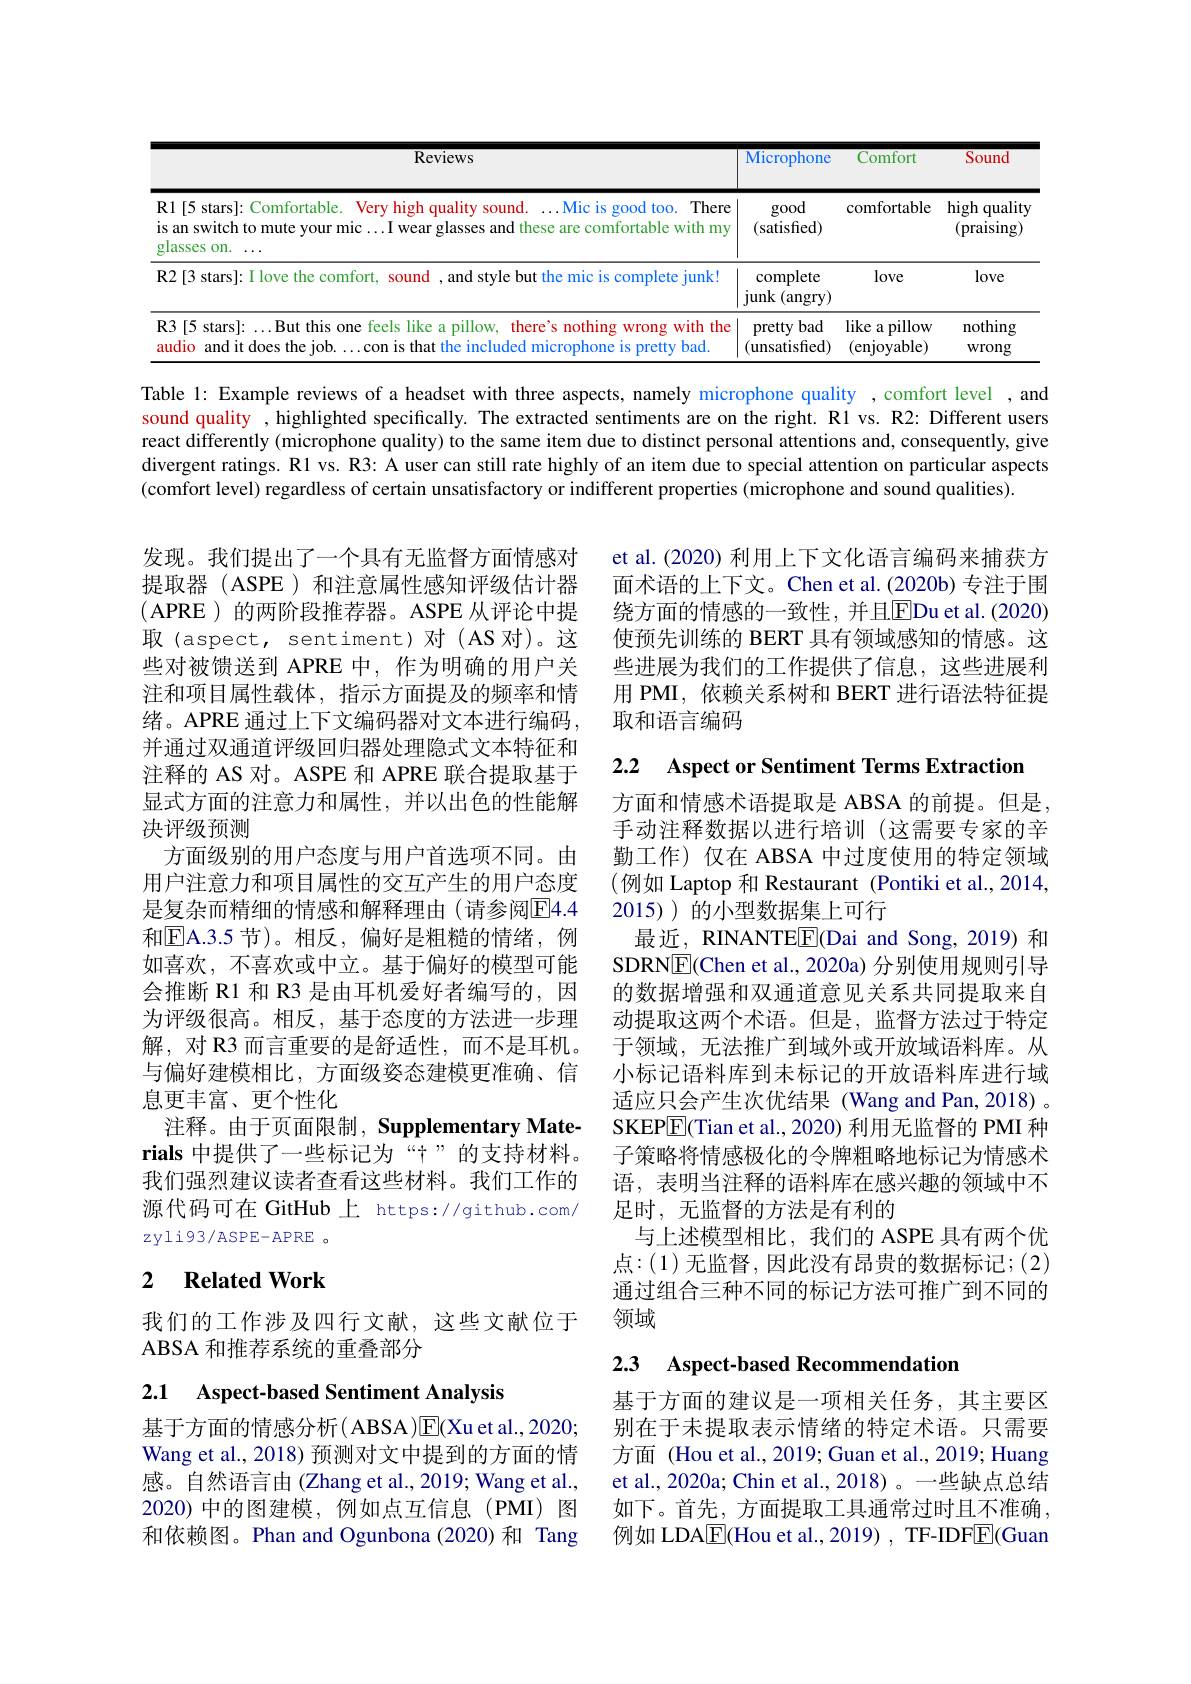
<table>
	<tbody>
		<tr>
			<th>$\overline{\mathrm{Reviews}}$</th>
			<th>Microphone</th>
			<th>Comfort</th>
			<th>Sound</th>
		</tr>
		<tr>
			<td>R1[5 stars]: Comfortable. Very high quality sound. $\ldots$Mic is good too. There is an switch to mute your mic $\ldots$I wear glasses and these are comfortable with my glasses on</td>
			<td>good (satisfied)</td>
			<td>comfortable</td>
			<td>high quality (praising)</td>
		</tr>
		<tr>
			<td>R2[3 stars]: I love the comfort, sound , and style but the mic is complete junk!</td>
			<td>complete junk (angry)</td>
			<td>love</td>
			<td>love</td>
		</tr>
		<tr>
			<td>R3[5 stars]:...But this one feels like a pillow, there's nothing wrong with the audic and it does the 1r 1Crn vhar</td>
			<td>bad pretty unsatisfied)</td>
			<td>like a pillow (enjoyable)</td>
			<td>nothing Wrong</td>
		</tr>
	</tbody>
</table>

Table l: Example reviews of a headset with three aspects, namely microphone quality ,comfort level ,and sound quality , highlighted specifically. The extracted sentiments are on the right. R1 vs. R2: Different users react differently (microphone quality) to the same item due to distinct personal attentions and, consequently, give divergent ratings. Rl vs. R3: A user can still rate highly of an item due to special attention on particular aspects (comfort level) regardless of certain unsatisfactory or indifferent properties (microphone and sound qualities).

et al. (2020) 利用上下文化语言编码来捕获方面术语的上下文。Chen et al.(2020b) 专注于围绕方面的情感的一致性，并且$\overline{\mathrm{FDuet~al.(2020)}}$ 使预先训练的 BERT 具有领域感知的情感。这些进展为我们的工作提供了信息，这些进展利用 PMI, 依赖关系树和 BERT 进行语法特征提取和语言编码

2.2 $\textbf{Aspect or Sentiment Terms Extractior}$

发现。我们提出了一个具有无监督方面情感对提取器 (ASPE )和注意属性感知评级估计器( APRE ) 的两阶段推荐器。ASPE 从评论中提取(aspect, sentiment)对(AS对)。这些对被馈送到 APRE 中，作为明确的用户关注和项目属性载体，指示方面提及的频率和情绪。APRE 通过上下文编码器对文本进行编码， 并通过双通道评级回归器处理隐式文本特征和注释的 AS 对。ASPE 和 APRE 联合提取基于显式方面的注意力和属性，并以出色的性能解决评级预测
方面级别的用户态度与用户首选项不同。由用户注意力和项目属性的交互产生的用户态度是复杂而精细的情感和解释理由(请参阅$\overline{\mathrm{E}}4.4$ 和$\overline{\mathrm{E}}$A.3.5 节)。相反，偏好是粗糙的情绪，例如喜欢，不喜欢或中立。基于偏好的模型可能会推断 R1 和 R3 是由耳机爱好者编写的，因为评级很高。相反，基于态度的方法进一步理解，对 R3 而言重要的是舒适性，而不是耳机。与偏好建模相比，方面级姿态建模更准确、信息更丰富、更个性化
注释。由于页面限制，Supplementary Materials 中提供了一些标记为“十”的支持材料。我们强烈建议读者查看这些材料。我们工作的源代码可在 GitHub 上 https://github.com/ zyli93/ASPE-APRE o

方面和情感术语提取是 ABSA 的前提。但是手动注释数据以进行培训 (这需要专家的辛勤工作) 仅在 ABSA 中过度使用的特定领域(例如 Laptop 和 Restaurant (Pontiki et al.,2014, 2015))的小型数据集上可行
最近，RINANTEE(Dai and Song,2019) 和SDRNE(Chen et al., 2020a) 分别使用规则引导的数据增强和双通道意见关系共同提取来自动提取这两个术语。但是，监督方法过于特定于领域，无法推广到域外或开放域语料库。从小标记语料库到未标记的开放语料库进行域适应只会产生次优结果(Wang and Pan, 2018) 。SKEP$\boxed{\mathrm{F}}($Tian et al., 2020) 利用无监督的 PMI 种子策略将情感极化的令牌粗略地标记为情感术语，表明当注释的语料库在感兴趣的领域中不足时，无监督的方法是有利的
与上述模型相比，我们的 ASPE 具有两个优点：(1) 无监督，因此没有昂贵的数据标记；(2) 通过组合三种不同的标记方法可推广到不同的领域

# 2 Related Work

我们的工作涉及四行文献，这些文献位于
ABSA 和推荐系统的重叠部分

### 2.3 Aspect-based Recommendatior

2.1 Aspect-based Sentiment Analysis

基于方面的建议是一项相关任务，其主要区别在于未提取表示情绪的特定术语。只需要方面 (Hou et al., 2019; Guan et al., 2019; Huang et al., 2020a; Chin et al., 2018)。一些缺点总结如下。首先，方面提取工具通常过时且不准确， 例如 LDA$\overline{\mathbb{E}}($Hou et al., 2019) , TF-IDFE(Guan

基于方面的情感分析( ABSA )$\overline{\mathrm{E}}($Xu et al., 2020; Wang et al., 2018) 预测对文中提到的方面的情感。自然语言由(Zhang et al., 2019; Wang et al., 2020)中的图建模，例如点互信息(PMI)图和依赖图。Phan and Ogunbona (2020) 和 Tang